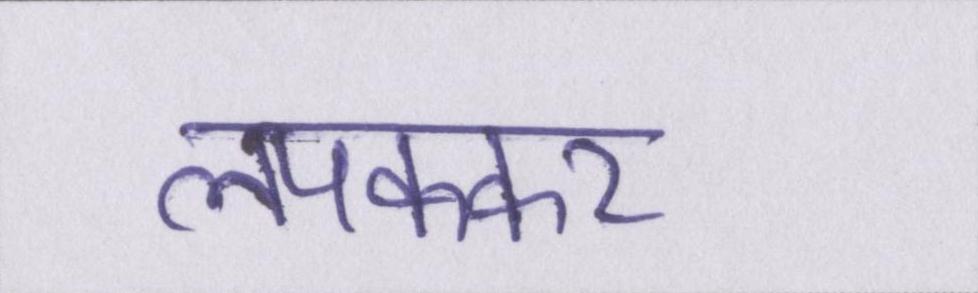
लपककर